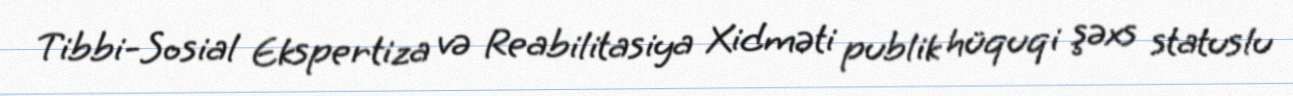
Tibbi-Sosial Ekspertiza və Reabilitasiya Xidməti publik hüquqi şəxs statuslu